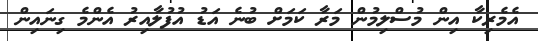
އެމެރިކާ އިން މުސްލިމުން މަރާ ކަމަށް ބުނެ އަޑު އުފުލާއިރު އެންމެ ގިނައިން